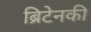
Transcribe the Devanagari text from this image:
ब्रिटेनकी